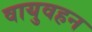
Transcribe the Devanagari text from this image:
वायुवहन